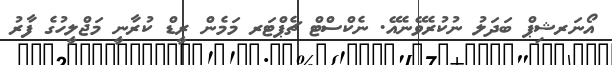
އޯނަރޝިޕް ބަދަލު ނުކުރެވޭނެއޭ. ނެކްސްޓް ޗެޕްޓަރ މަމެން ރީޑް ކުރާނީ މަޖްލީހުގެ ފާރު